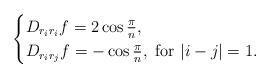
LaTeX: \begin{align*}\begin{cases}D_{r_i r_i}f=2 \cos \frac{\pi}{n},\\D_{r_i r_j}f=-\cos \frac{\pi}{n},\ \mbox{for} \ |i - j|=1.\end{cases}\end{align*}